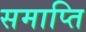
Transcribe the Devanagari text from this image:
समाप्‍ति